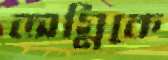
অগ্নিকে